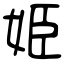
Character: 姫